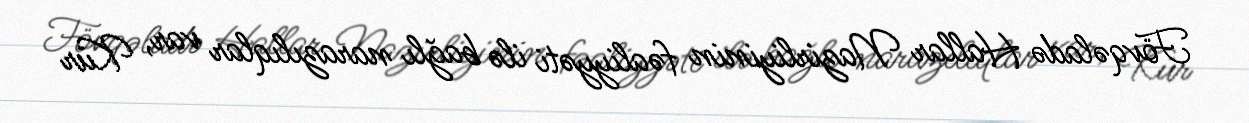
Fövqəladə Hallar Nazirliyinin fəaliyyəti ilə bağlı narazılıqlar var, Kür